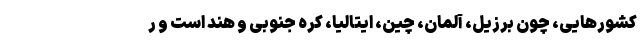
کشورهایی، چون برزیل، آلمان، چین، ایتالیا، کره جنوبی و هند است و ر